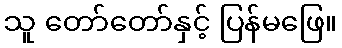
သူ တော်တော်နှင့် ပြန်မဖြေ။